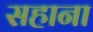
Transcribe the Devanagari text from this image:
सहाना